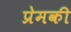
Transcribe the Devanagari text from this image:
प्रेमकी